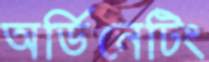
অর্ডিনেটিং